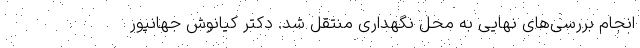
انجام بررسی‌های نهایی به محل نگهداری منتقل شد. دکتر کیانوش جهانپور